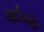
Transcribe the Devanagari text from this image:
गर्दनके